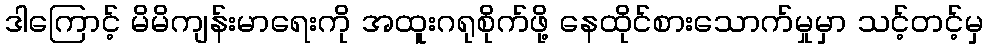
ဒါကြောင့် မိမိကျန်းမာရေးကို အထူးဂရုစိုက်ဖို့ နေထိုင်စားသောက်မှုမှာ သင့်တင့်မှ